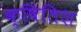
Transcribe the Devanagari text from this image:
क्षितिश